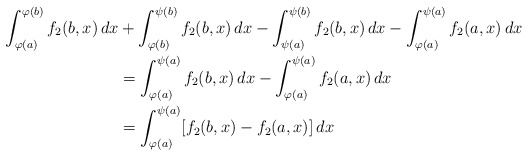
\begin{align*} \int_{\varphi(a)}^{\varphi(b)}{f_2(b,x) \, dx} &+ \int_{\varphi(b)}^{\psi(b)}f_2(b,x) \, dx -\int_{\psi(a)}^{\psi(b)}{f_2(b,x) \, dx} -\int_{\varphi(a)}^{\psi(a)}f_2(a,x) \, dx \\ & = \int_{\varphi(a)}^{\psi(a)}f_2(b,x) \, dx-\int_{\varphi(a)}^{\psi(a)}f_2(a,x) \, dx\\ & = \int_{\varphi(a)}^{\psi(a)}[f_2(b,x)-f_2(a,x)] \, dx\end{align*}